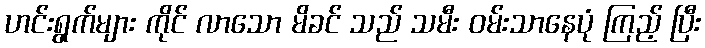
ဟင်းရွက်များ ကိုင် လာသော မိခင် သည် သမီး ဝမ်းသာနေပုံ ကြည့် ပြီး